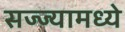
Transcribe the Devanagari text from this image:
सज्ज्यामध्ये